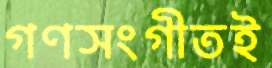
গণসংগীতই